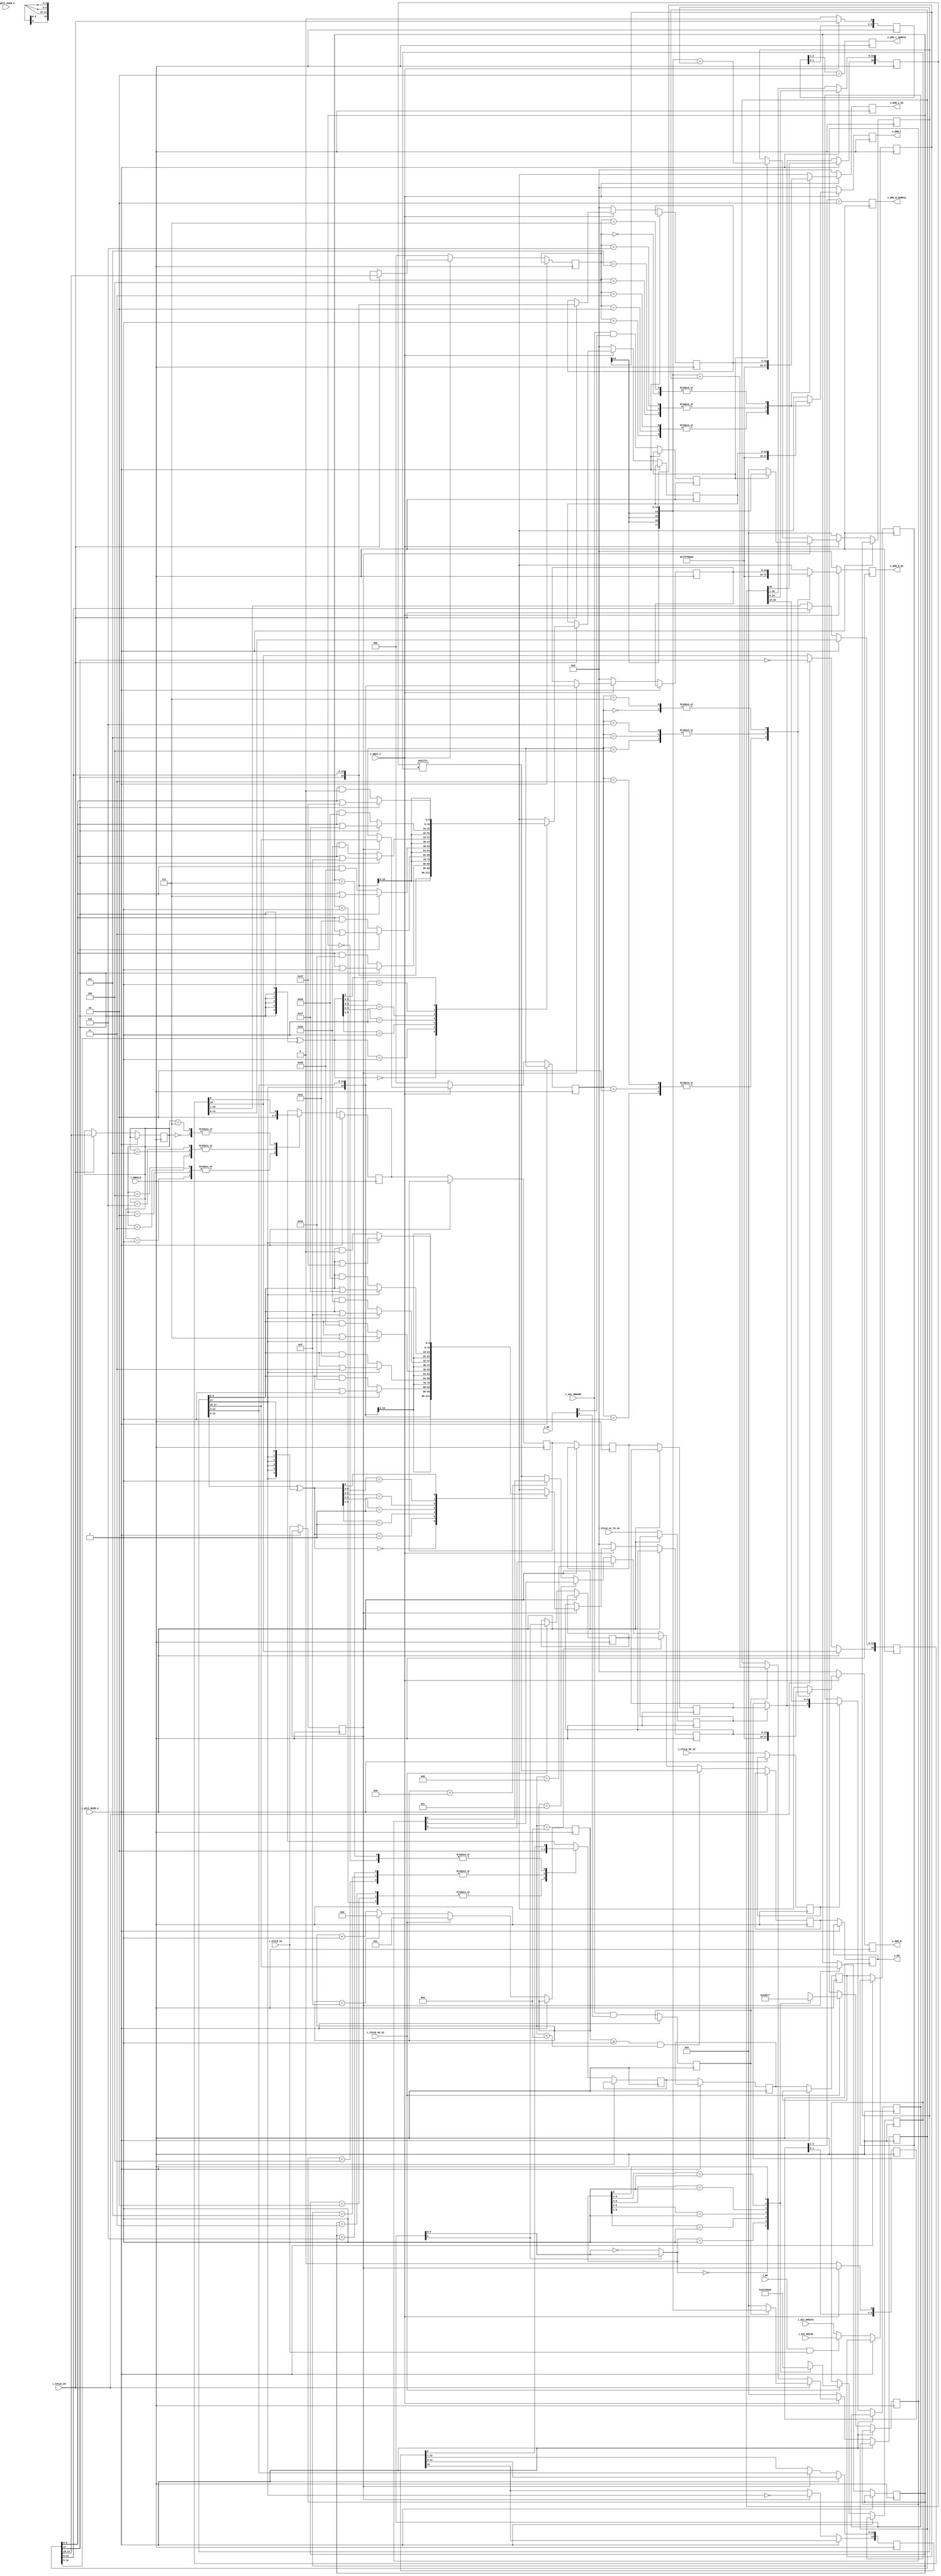
module IKAOPM_acc (
    //master clock
    input   wire            i_EMUCLK, //emulator master clock

    //core internal reset
    input   wire            i_MRST_n,

    //internal clock
    input   wire            i_phi1_PCEN_n, //positive edge clock enable for emulation
    input   wire            i_phi1_NCEN_n, //engative edge clock enable for emulation

    //timings
    input   wire            i_CYCLE_12,
    input   wire            i_CYCLE_29,
    input   wire            i_CYCLE_00_16,
    input   wire            i_CYCLE_06_22,
    input   wire            i_CYCLE_01_TO_16,

    //data
    input   wire            i_NE,
    input   wire    [1:0]   i_RL,

    input   wire            i_ACC_SNDADD,
    input   wire    [13:0]  i_ACC_OPDATA,
    input   wire    [13:0]  i_ACC_NOISE,

    output  reg             o_SO,
    
    output  reg             o_EMU_R_SAMPLE, o_EMU_L_SAMPLE,
    output  reg signed      [15:0]  o_EMU_R_EX, o_EMU_L_EX,
    output  reg signed      [15:0]  o_EMU_R, o_EMU_L
);



///////////////////////////////////////////////////////////
//////  Clock and reset
////

wire            phi1ncen_n = i_phi1_NCEN_n;
wire            mrst_n = i_MRST_n;



///////////////////////////////////////////////////////////
//////  Cycle number
////

//additional cycle bits
reg             cycle_13, cycle_01_17, cycle_02_to_17;
always @(posedge i_EMUCLK) if(!phi1ncen_n) begin
    cycle_13 <= i_CYCLE_12;
    cycle_01_17 <= i_CYCLE_00_16;
    cycle_02_to_17 <= i_CYCLE_01_TO_16;
end



///////////////////////////////////////////////////////////
//////  Sound input MUX / RL acc enable
////

//noise data will be launched at master cycle 12
reg     [13:0]  sound_inlatch;
reg             r_add, l_add;
always @(posedge i_EMUCLK) if(!phi1ncen_n) begin
    sound_inlatch <= (i_NE & i_CYCLE_12) ? i_ACC_NOISE : i_ACC_OPDATA;

    r_add <= i_ACC_SNDADD & i_RL[1];
    l_add <= i_ACC_SNDADD & i_RL[0];
end



///////////////////////////////////////////////////////////
//////  R/L channel accmulators
////

reg     [17:0]  r_accumulator, l_accumulator;
always @(posedge i_EMUCLK) if(!phi1ncen_n) begin
    if(!mrst_n) begin
        r_accumulator <= 18'd0; //original chip doesn't have this reset
        l_accumulator <= 18'd0;
    end
    else begin
        if(cycle_13)   r_accumulator <= r_add ? {{4{sound_inlatch[13]}}, sound_inlatch}                 : 17'd0;         //reset
        else           r_accumulator <= r_add ? {{4{sound_inlatch[13]}}, sound_inlatch} + r_accumulator : r_accumulator; //accumulation

        if(i_CYCLE_29) l_accumulator <= l_add ? {{4{sound_inlatch[13]}}, sound_inlatch}                 : 17'd0;         //reset
        else           l_accumulator <= l_add ? {{4{sound_inlatch[13]}}, sound_inlatch} + l_accumulator : l_accumulator; //accumulation
    end
end



///////////////////////////////////////////////////////////
//////  R/L PISO register
////

/*
    Sign bit is inverted in this stage.
    11111...(positive max)
    10000...(positive min)
    01111...(negative min)
    00000...(negative max)
*/

reg     [15:0]  mcyc14_r_piso, mcyc30_l_piso;
reg     [2:0]   mcyc14_r_saturation_ctrl, mcyc30_l_saturation_ctrl;
always @(posedge i_EMUCLK) if(!phi1ncen_n) begin
    if(cycle_13) begin
        mcyc14_r_piso <= {~r_accumulator[17], r_accumulator[14:0]}; //FLIP THE SIGN BIT!!
        mcyc14_r_saturation_ctrl <= r_accumulator[17:15];
    end
    else begin
        mcyc14_r_piso[14:0] <= mcyc14_r_piso[15:1]; //shift
    end

    if(i_CYCLE_29) begin
        mcyc30_l_piso <= {~l_accumulator[17], l_accumulator[14:0]}; //FLIP THE SIGN BIT!!
        mcyc30_l_saturation_ctrl <= l_accumulator[17:15];
    end
    else begin
        mcyc30_l_piso[14:0] <= mcyc30_l_piso[15:1]; //shift
    end
end



///////////////////////////////////////////////////////////
//////  Parallel output control
////

localparam  SAMPLE_STROBE_LENGTH = 1; //adjust this value to stretch the strobe width
reg     [SAMPLE_STROBE_LENGTH+1:0]   r_sample_det, l_sample_det;
always @(posedge i_EMUCLK) begin
    if(!i_MRST_n) begin
        r_sample_det[0] <= 1'b0;
        l_sample_det[0] <= 1'b0;
    end
    else begin
        r_sample_det[0] <= cycle_13;
        l_sample_det[0] <= i_CYCLE_29;
    end

    r_sample_det[SAMPLE_STROBE_LENGTH+1:1] <= r_sample_det[SAMPLE_STROBE_LENGTH:0];
    l_sample_det[SAMPLE_STROBE_LENGTH+1:1] <= l_sample_det[SAMPLE_STROBE_LENGTH:0];

    //negative edge detector + pulse stretcher
    o_EMU_R_SAMPLE <= {|{r_sample_det[SAMPLE_STROBE_LENGTH+1:2]}, r_sample_det[1]} == 2'b10;
    o_EMU_L_SAMPLE <= {|{l_sample_det[SAMPLE_STROBE_LENGTH+1:2]}, l_sample_det[1]} == 2'b10;
end


reg signed  [15:0]  r_parallel, l_parallel, r_parallel_extended, l_parallel_extended; //parallel output intermediate storage
reg         [2:0]   r_parallel_saturation_ctrl, l_parallel_saturation_ctrl; //parallel output saturation control
always @(posedge i_EMUCLK) if(!phi1ncen_n) begin
    if(!i_MRST_n) begin
        r_parallel_saturation_ctrl <= 3'b000;
        r_parallel_extended <= 16'sd0;
        r_parallel <= 16'sd0;

        l_parallel_saturation_ctrl <= 3'b000;
        l_parallel_extended <= 16'sd0;
        l_parallel <= 16'sd0;
    end
    else begin
        if(cycle_13) begin
            r_parallel_saturation_ctrl <= r_accumulator[17:15];
            r_parallel_extended <= {r_accumulator[17], r_accumulator[14:0]}; //extended output, sign bit + least important 15 bits

            casez(r_accumulator[14:9] ^ {6{r_accumulator[17]}})
                6'b000000: r_parallel <= {r_accumulator[17], r_accumulator[14:6], r_accumulator[5:0]}; //small number
                6'b000001: r_parallel <= {r_accumulator[17], r_accumulator[14:6], r_accumulator[17] ? r_accumulator[5:0] | 6'b000001 : r_accumulator[5:0] & 6'b111110};
                6'b00001?: r_parallel <= {r_accumulator[17], r_accumulator[14:6], r_accumulator[17] ? r_accumulator[5:0] | 6'b000011 : r_accumulator[5:0] & 6'b111100};
                6'b0001??: r_parallel <= {r_accumulator[17], r_accumulator[14:6], r_accumulator[17] ? r_accumulator[5:0] | 6'b000111 : r_accumulator[5:0] & 6'b111000};
                6'b001???: r_parallel <= {r_accumulator[17], r_accumulator[14:6], r_accumulator[17] ? r_accumulator[5:0] | 6'b001111 : r_accumulator[5:0] & 6'b110000};
                6'b01????: r_parallel <= {r_accumulator[17], r_accumulator[14:6], r_accumulator[17] ? r_accumulator[5:0] | 6'b011111 : r_accumulator[5:0] & 6'b100000};
                6'b1?????: r_parallel <= {r_accumulator[17], r_accumulator[14:6], r_accumulator[17] ? r_accumulator[5:0] | 6'b111111 : r_accumulator[5:0] & 6'b000000}; //large number
                
                default:   r_parallel <= {r_accumulator[17], r_accumulator[14:6], r_accumulator[5:0]};
            endcase
        end
        if(i_CYCLE_29) begin
            l_parallel_saturation_ctrl <= l_accumulator[17:15];
            l_parallel_extended <= {l_accumulator[17], l_accumulator[14:0]}; //extended output, sign bit + least important 15 bits

            casez(l_accumulator[14:9] ^ {6{l_accumulator[17]}})
                6'b000000: l_parallel <= {l_accumulator[17], l_accumulator[14:6], l_accumulator[5:0]}; //small number
                6'b000001: l_parallel <= {l_accumulator[17], l_accumulator[14:6], l_accumulator[17] ? l_accumulator[5:0] | 6'b000001 : l_accumulator[5:0] & 6'b111110};
                6'b00001?: l_parallel <= {l_accumulator[17], l_accumulator[14:6], l_accumulator[17] ? l_accumulator[5:0] | 6'b000011 : l_accumulator[5:0] & 6'b111100};
                6'b0001??: l_parallel <= {l_accumulator[17], l_accumulator[14:6], l_accumulator[17] ? l_accumulator[5:0] | 6'b000111 : l_accumulator[5:0] & 6'b111000};
                6'b001???: l_parallel <= {l_accumulator[17], l_accumulator[14:6], l_accumulator[17] ? l_accumulator[5:0] | 6'b001111 : l_accumulator[5:0] & 6'b110000};
                6'b01????: l_parallel <= {l_accumulator[17], l_accumulator[14:6], l_accumulator[17] ? l_accumulator[5:0] | 6'b011111 : l_accumulator[5:0] & 6'b100000};
                6'b1?????: l_parallel <= {l_accumulator[17], l_accumulator[14:6], l_accumulator[17] ? l_accumulator[5:0] | 6'b111111 : l_accumulator[5:0] & 6'b000000}; //large number
                
                default:   l_parallel <= {l_accumulator[17], l_accumulator[14:6], l_accumulator[5:0]};
            endcase
        end
    end
end

always @(posedge i_EMUCLK) begin
    if(!i_MRST_n) begin
        o_EMU_R <= 16'sd0;
        o_EMU_R_EX <= 16'sd0;
        o_EMU_L <= 16'sd0;
        o_EMU_L_EX <= 16'sd0;
    end
    else begin
        case(r_parallel_saturation_ctrl)
            3'b000: begin o_EMU_R <= r_parallel; o_EMU_R_EX <= r_parallel_extended; end
            3'b001: begin o_EMU_R <= 16'h7FFF;   o_EMU_R_EX <= 16'h7FFF; end //saturated to positive maximum
            3'b010: begin o_EMU_R <= 16'h7FFF;   o_EMU_R_EX <= 16'h7FFF; end
            3'b011: begin o_EMU_R <= 16'h7FFF;   o_EMU_R_EX <= 16'h7FFF; end
            3'b100: begin o_EMU_R <= 16'h8000;   o_EMU_R_EX <= 16'h8000; end //saturated to negative maximum
            3'b101: begin o_EMU_R <= 16'h8000;   o_EMU_R_EX <= 16'h8000; end
            3'b110: begin o_EMU_R <= 16'h8000;   o_EMU_R_EX <= 16'h8000; end
            3'b111: begin o_EMU_R <= r_parallel; o_EMU_R_EX <= r_parallel_extended; end
        endcase

        case(l_parallel_saturation_ctrl)
            3'b000: begin o_EMU_L <= l_parallel; o_EMU_L_EX <= l_parallel_extended; end
            3'b001: begin o_EMU_L <= 16'h7FFF;   o_EMU_L_EX <= 16'h7FFF; end //saturated to positive maximum
            3'b010: begin o_EMU_L <= 16'h7FFF;   o_EMU_L_EX <= 16'h7FFF; end
            3'b011: begin o_EMU_L <= 16'h7FFF;   o_EMU_L_EX <= 16'h7FFF; end
            3'b100: begin o_EMU_L <= 16'h8000;   o_EMU_L_EX <= 16'h8000; end //saturated to negative maximum
            3'b101: begin o_EMU_L <= 16'h8000;   o_EMU_L_EX <= 16'h8000; end
            3'b110: begin o_EMU_L <= 16'h8000;   o_EMU_L_EX <= 16'h8000; end
            3'b111: begin o_EMU_L <= l_parallel; o_EMU_L_EX <= l_parallel_extended; end
        endcase
    end
end



///////////////////////////////////////////////////////////
//////  R/L Saturation control
////

reg             mcyc15_r_stream, mcyc31_l_stream;
always @(posedge i_EMUCLK) if(!phi1ncen_n) begin
    case(mcyc14_r_saturation_ctrl)
        3'b000: mcyc15_r_stream <= mcyc14_r_piso[0];
        3'b001: mcyc15_r_stream <= 1'b1; //saturated to positive maximum
        3'b010: mcyc15_r_stream <= 1'b1;
        3'b011: mcyc15_r_stream <= 1'b1;
        3'b100: mcyc15_r_stream <= 1'b0; //saturated to negative maximum
        3'b101: mcyc15_r_stream <= 1'b0;
        3'b110: mcyc15_r_stream <= 1'b0;
        3'b111: mcyc15_r_stream <= mcyc14_r_piso[0];
    endcase

    case(mcyc30_l_saturation_ctrl)
        3'b000: mcyc31_l_stream <= mcyc30_l_piso[0];
        3'b001: mcyc31_l_stream <= 1'b1; //saturated to positive maximum
        3'b010: mcyc31_l_stream <= 1'b1;
        3'b011: mcyc31_l_stream <= 1'b1;
        3'b100: mcyc31_l_stream <= 1'b0; //saturated to negative maximum
        3'b101: mcyc31_l_stream <= 1'b0;
        3'b110: mcyc31_l_stream <= 1'b0;
        3'b111: mcyc31_l_stream <= mcyc30_l_piso[0];
    endcase
end



///////////////////////////////////////////////////////////
//////  Delays
////

reg             mcyc16_r_stream_z, mcyc17_r_stream_zz, mcyc18_r_stream_zzz;
reg             mcyc00_l_stream_z, mcyc01_l_stream_zz, mcyc02_l_stream_zzz;

always @(posedge i_EMUCLK) if(!phi1ncen_n) begin
    mcyc16_r_stream_z <= mcyc15_r_stream;
    mcyc00_l_stream_z <= mcyc31_l_stream;
    mcyc17_r_stream_zz <= mcyc16_r_stream_z;
    mcyc01_l_stream_zz <= mcyc00_l_stream_z;
    mcyc18_r_stream_zzz <= mcyc17_r_stream_zz;
    mcyc02_l_stream_zzz <= mcyc01_l_stream_zz;
end



///////////////////////////////////////////////////////////
//////  SIPO/SO register
////

wire            sound_data_lookaround_register_input_stream = cycle_02_to_17 ? mcyc02_l_stream_zzz : mcyc18_r_stream_zzz;
reg     [20:0]  sound_data_lookaround_register;
reg     [6:0]   sound_data_bit_15_9;
always @(posedge i_EMUCLK) if(!phi1ncen_n) begin
    //The LSB of serial sound data is placed on the MSB of lookaround register if(master cycle == 17 || 1). It flows in from the LSB.
    sound_data_lookaround_register[20] <= sound_data_lookaround_register_input_stream; //sound data LSB is latched at (master cycle == 18)
    sound_data_lookaround_register[19:0] <= sound_data_lookaround_register[20:1];

    if(cycle_01_17) sound_data_bit_15_9 <= {sound_data_lookaround_register_input_stream, sound_data_lookaround_register[20:15]};
end



///////////////////////////////////////////////////////////
//////  Output MUX
////

//original chip used shift register to select bits
reg     [3:0]   outmux_sel_cntr;
always @(posedge i_EMUCLK) if(!phi1ncen_n) begin
    if(i_CYCLE_06_22) outmux_sel_cntr <= 4'd1;
    else outmux_sel_cntr <= (outmux_sel_cntr == 4'd15) ? 4'd0 : outmux_sel_cntr + 4'd1;
end

//sound data magnitude
/*
    Invert the upper bits when the number is negative.
    11111...(positive max)
    10000...(positive min)
    00000...(negative min)
    01111...(negative max)
*/
wire    [5:0]   sound_data_magnitude = sound_data_bit_15_9[6] ? sound_data_bit_15_9[5:0] : ~sound_data_bit_15_9[5:0];
reg             sound_data_sign;
reg     [2:0]   sound_data_shift_amount;
reg     [4:0]   sound_data_output_tap;
always @(posedge i_EMUCLK) if(!phi1ncen_n) begin
    if(i_CYCLE_06_22) begin
        sound_data_sign <= sound_data_bit_15_9[6];

        casez(sound_data_magnitude)
            6'b000000: begin sound_data_output_tap <= 5'd0; sound_data_shift_amount <= 3'd1; end //small number
            6'b000001: begin sound_data_output_tap <= 5'd1; sound_data_shift_amount <= 3'd2; end
            6'b00001?: begin sound_data_output_tap <= 5'd2; sound_data_shift_amount <= 3'd3; end
            6'b0001??: begin sound_data_output_tap <= 5'd3; sound_data_shift_amount <= 3'd4; end
            6'b001???: begin sound_data_output_tap <= 5'd4; sound_data_shift_amount <= 3'd5; end
            6'b01????: begin sound_data_output_tap <= 5'd5; sound_data_shift_amount <= 3'd6; end
            6'b1?????: begin sound_data_output_tap <= 5'd6; sound_data_shift_amount <= 3'd7; end //large number
            
            default:   begin sound_data_output_tap <= 5'd0; sound_data_shift_amount <= 3'd1; end
        endcase
    end
end

reg             floating_sound_data;
always @(posedge i_EMUCLK) if(!phi1ncen_n) begin
    if(outmux_sel_cntr >= 4'd1 && outmux_sel_cntr < 4'd10)  floating_sound_data <= sound_data_lookaround_register[sound_data_output_tap];
    else if(outmux_sel_cntr == 4'd10)                       floating_sound_data <= sound_data_sign;
    else if(outmux_sel_cntr == 4'd11)                       floating_sound_data <= sound_data_shift_amount[0];
    else if(outmux_sel_cntr == 4'd12)                       floating_sound_data <= sound_data_shift_amount[1];
    else if(outmux_sel_cntr == 4'd13)                       floating_sound_data <= sound_data_shift_amount[2];
    else                                                    floating_sound_data <= sound_data_lookaround_register[sound_data_output_tap];

    o_SO <= floating_sound_data;
end

endmodule